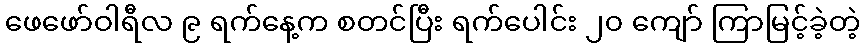
ဖေဖော်ဝါရီလ ၉ ရက်နေ့က စတင်ပြီး ရက်ပေါင်း ၂၀ ကျော် ကြာမြင့်ခဲ့တဲ့